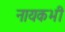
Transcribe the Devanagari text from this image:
नायकभी